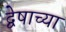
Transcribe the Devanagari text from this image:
द्वेषाच्या